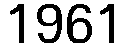
1961